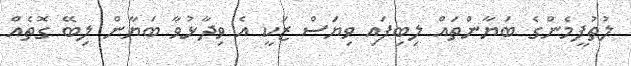
ލުތުފީމެންގެ ބަޔާންތައް ލިބިފަައި ވިޔަސް ޒަކީ އެ ވިދާޅުވާ ބަޔާން ލިބޭ ގޮތެއް